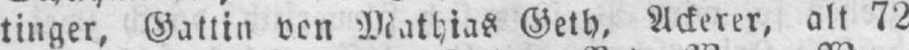
tinger, Gattin von Mathias Geth, Ackerer, alt 72